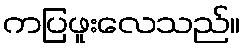
ကပြဖူးလေသည်။